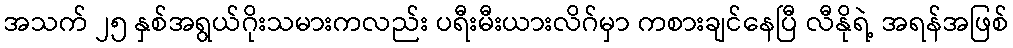
အသက် ၂၅ နှစ်အရွယ်ဂိုးသမားကလည်း ပရီးမီးယားလိဂ်မှာ ကစားချင်နေပြီ လီနိုရဲ့ အရန်အဖြစ်